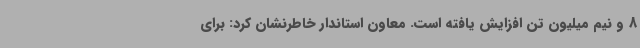
8 و نیم میلیون تن افزایش یافته است. معاون استاندار خاطرنشان کرد: برای